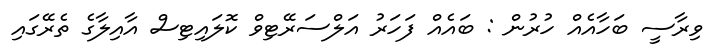
ވިރާސީ ބަހާއެއް ހުރުން : ބައެއް ފަހަރު އަލްސަރޭޓިވް ކޮލައިޓިސް އާއިލާގެ ތެރޭގައި